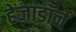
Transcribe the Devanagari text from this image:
हेजाडॉर्न